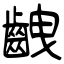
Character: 齥